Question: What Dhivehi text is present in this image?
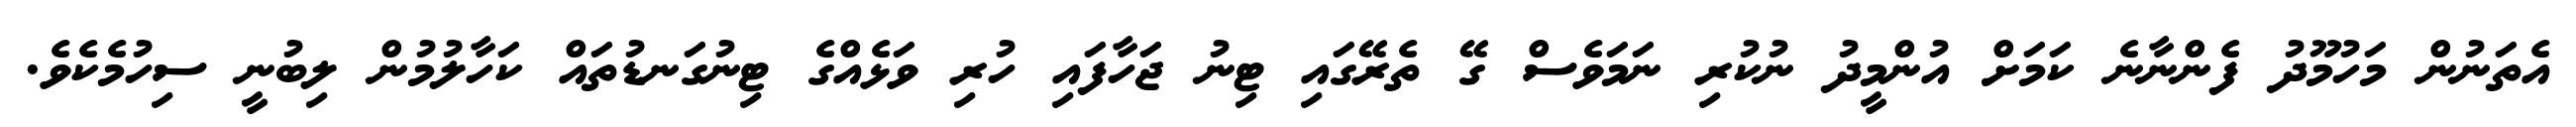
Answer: އެތަނުން މަހުމޫދު ފެންނާނެ ކަމަށް އުންމީދު ނުކުރި ނަމަވެސް ގޭ ތެރޭގައި ޓިނު ޖަހާފައި ހުރި ވަޅެއްގެ ޓިނުގަނޑުތައް ކަހާލުމުން ލިބުނީ ސިހުމެކެވެ.